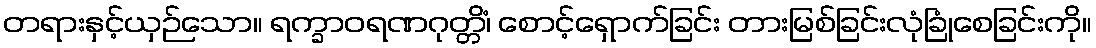
တရားနှင့်ယှဉ်သော။ ရက္ခာဝရဏဂုတ္တိံ၊ စောင့်ရှောက်ခြင်း တားမြစ်ခြင်းလုံခြုံစေခြင်းကို။